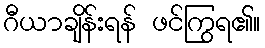
ဂီယာချိန်းရန် ဖင်ကြွရ၏။